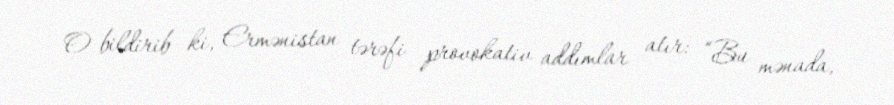
O bildirib ki, Ermənistan tərəfi provokativ addımlar atır: “Bu mənada,